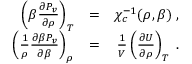
\begin{array} { r l r } { \left( \beta \frac { \partial P _ { v } } { \partial \rho } \right) _ { T } } & { = } & { \chi _ { c } ^ { - 1 } ( \rho , \beta ) \; , } \\ { \left( \frac { 1 } { \rho } \frac { \partial \beta P _ { v } } { \partial \beta } \right) _ { \rho } } & { = } & { \frac { 1 } { V } \left( \frac { \partial U } { \partial \rho } \right) _ { T } \; . } \end{array}